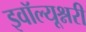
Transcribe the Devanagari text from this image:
इवॉल्यूश्नरी